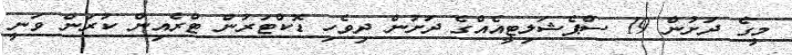
މީގެ ދަށުން 19 ސްޕެޝަލިޓީއެއްގެ ދަށުން ދިވެހި ޑޮކްޓަރުން ޓްރެއިން ކުރަން ވަނީ